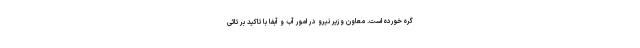
گره خورده است. معاون وزیر نیرو در امور آب و آبفا با تاکید بر تاثی